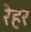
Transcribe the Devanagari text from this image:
रेहर